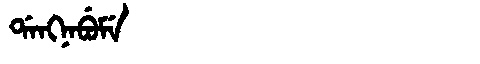
Manchu: ᡩᠠᠩᠨᠠᠪᡠᠮᡝ
Romanization: DANGNABUME